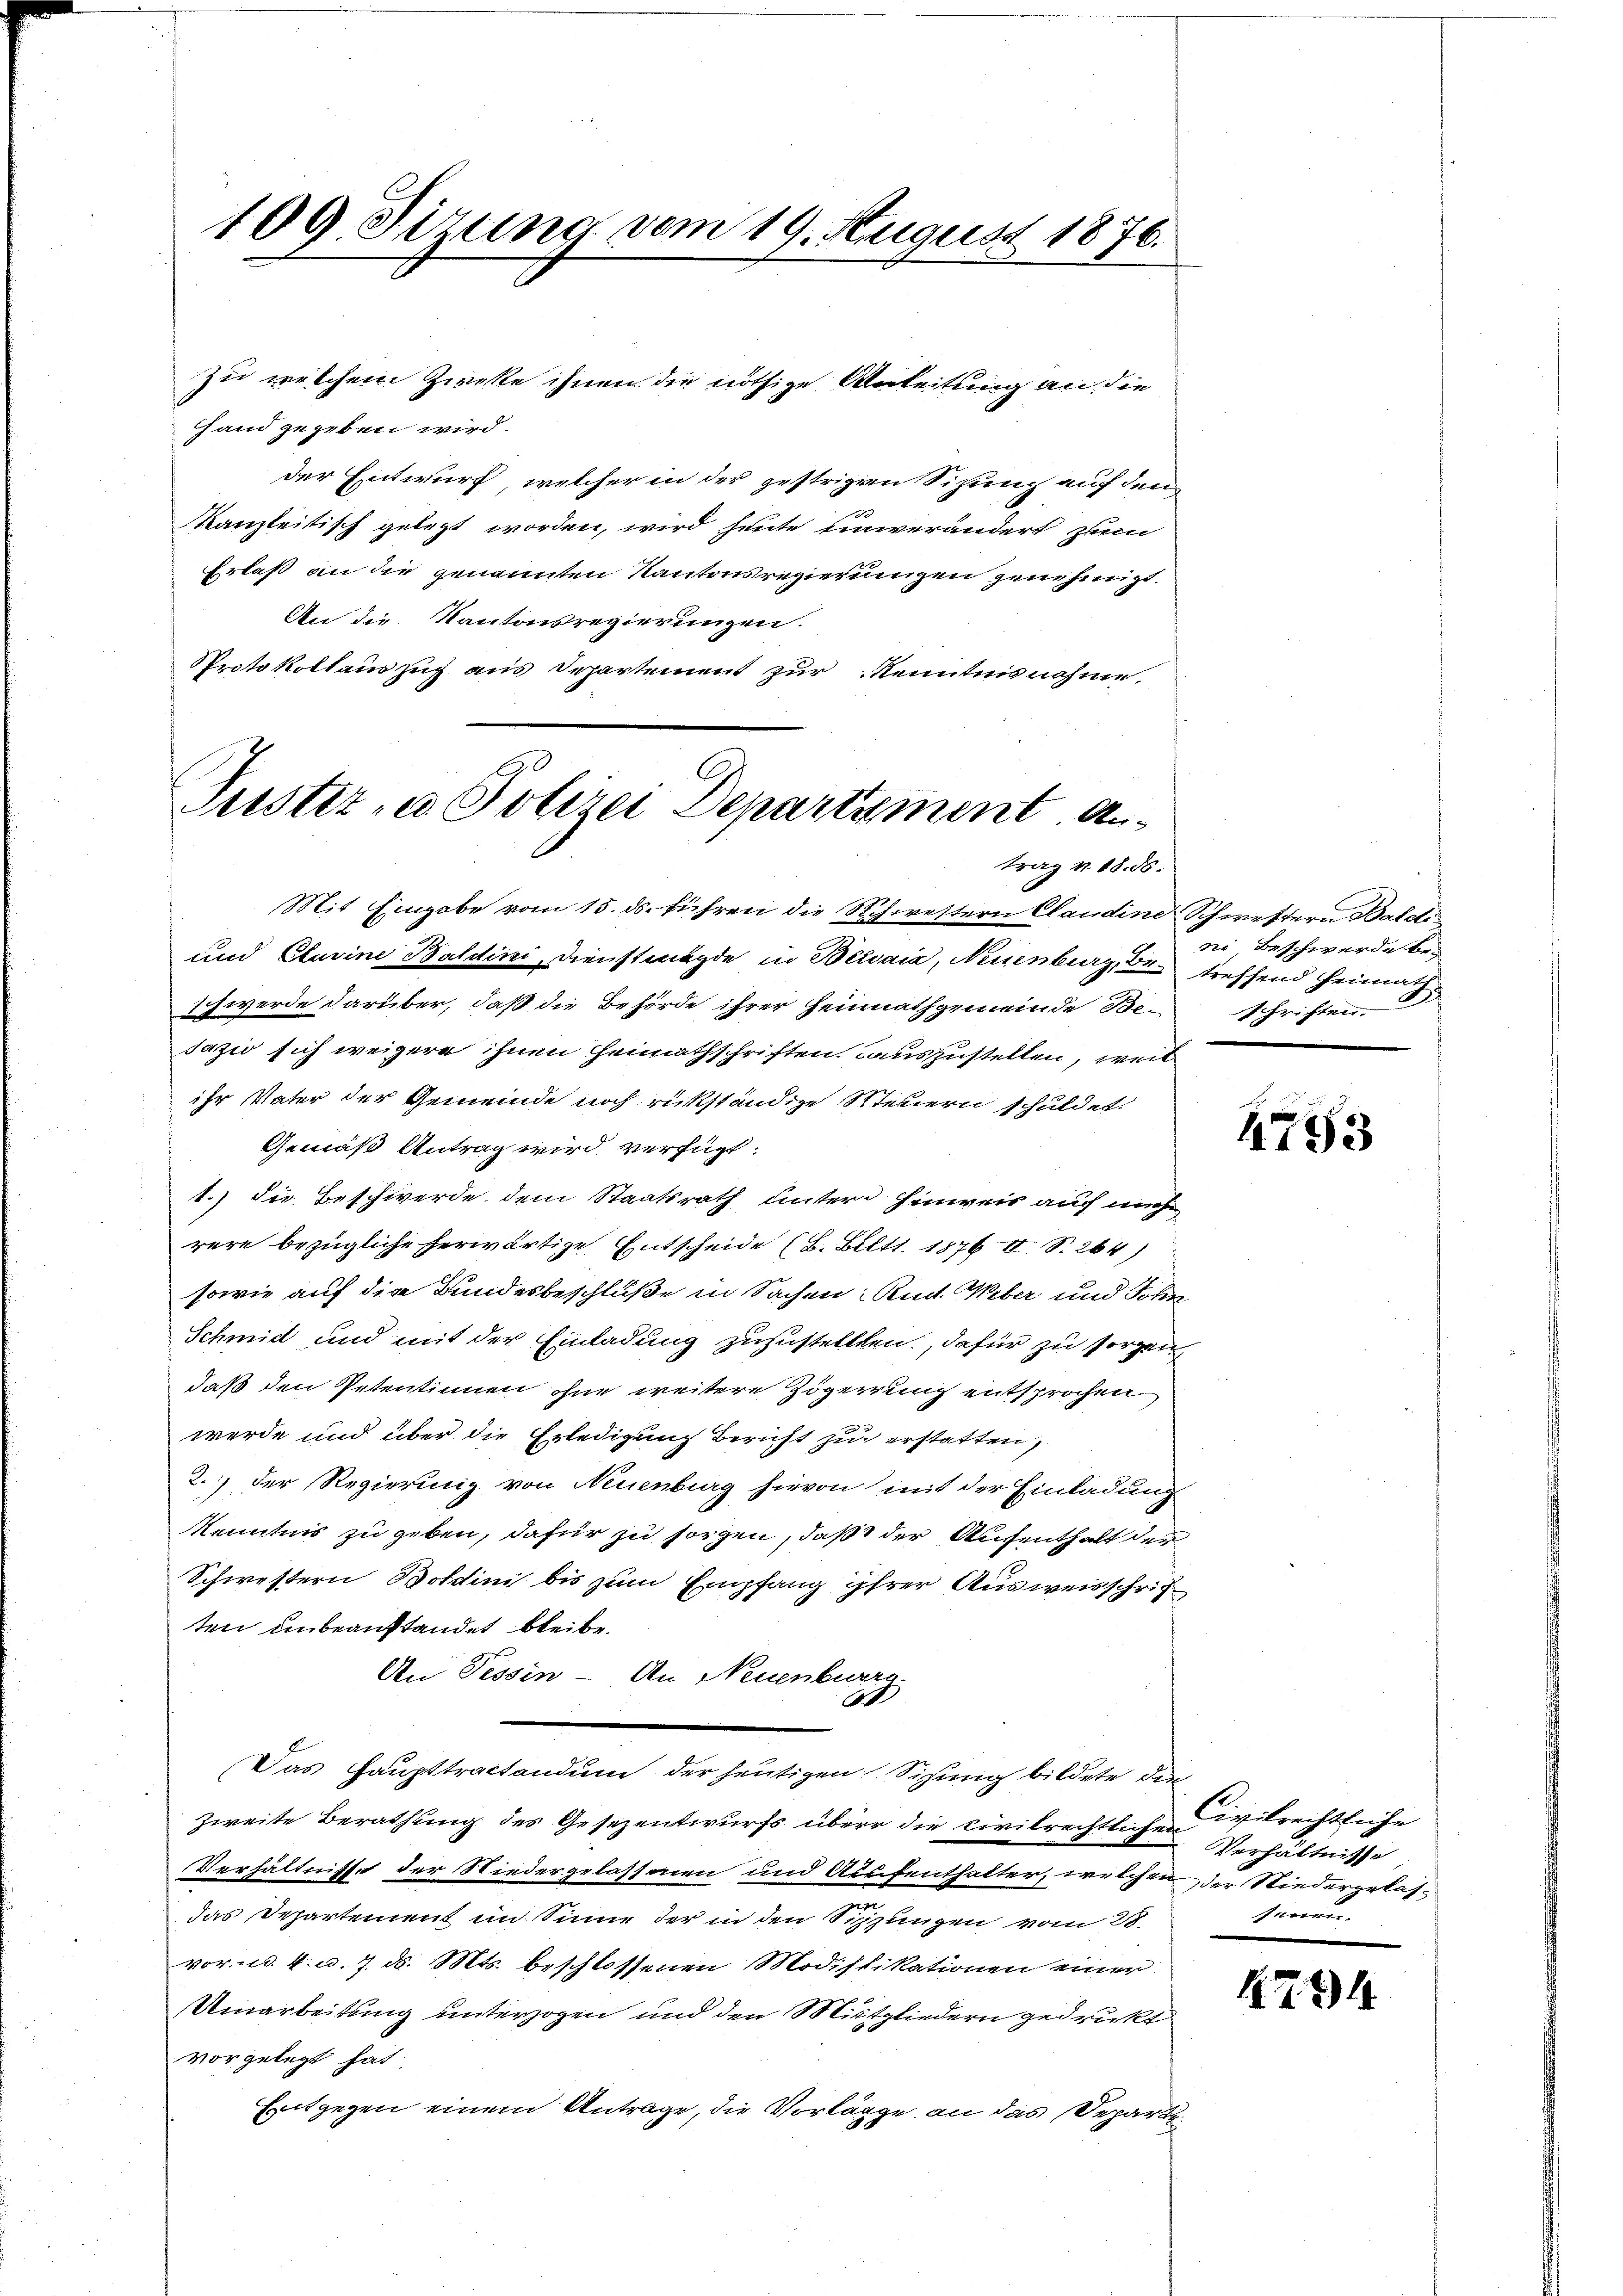
109. Sizung vom 19. August 1876.

Hand gegeben wird.
der Entwurf, welcher in der gestrigen Sitzung auf den
kanzleitisch gelegt worden, wird heute unverändert zum
Erlaß an die genannten Kantonsregierungen zunehmigt.
An die Kantonsregierungen.
Protokollauszug aus Departement zur Kenntnisnahme.

Zu welchem Zweke ihnen die nöthige Anleitung an die

Justiz- u Polizei Departement. Antrag v. 18. ds.
Mit Eingabe vom 15. ds. führen die Schwettern Claudine Schwestern Baleti¬

und Clavine Baldini, Dienstmagde in Belvaia, Neuenburg, Betreffend Heimath
Ich werde darüber, daß die Behörde ihrer Heimathgemeinde Be-
sazio sich weigere ihnen Heimathschriften auszustellen, weil
ihr Vater der Gemeinde noch rükständige Steuern schuldet.
Gemäß Antrag wird verfügt:
1.) Die Beschwerde dem Staatsrath unter Hinweis auf nich
rere bezügliche herwärtige Entscheide (B. Biltt. 1876 II S. 264)
sowie auf die Bundesbeschluße in Sachen Rud. Weber und Sohn
Schmid und mit der Einladung zuzustellten, dafür zu sorgen,
daß den Petentinnen ohne weitere Zögerung entsprochen
werde und über die Erledigung bericht zu erstatten,
2. der Regierung von Neuenburg hievon mit der Einladung
Kenntnis zu geben, dafür zu sorgen, daß der Aufenthalt der
Schwestern Botdini bis zum Empfang ihrer Ausweisschriften unbeanstandet bleibe.
An Tessin - An Neuenburen.
A
Das Haupttractandum der heutigen Sitzung bildete die
zweite Berathung des Gesezentwurfs über die civilrechtlichen ivilrechtliche
Verhältnisse der Niedergelassenen und Aufenthalter, welchen der Niedergelasdas Departement im Sinne der in den Sitzungen vom 28.
vor. d. 4. d. 7. d. Mts. beschlossenen Modifikationen einer
Umarbeitung unterzogen und den Mitgliedern gedruckt
vorgelegt hat.
Entgegen einem Antrage, die Vorlägge an das Departe¬

ni, Beschwerde beschriften.

1793

Verhältnisse
senen

4794